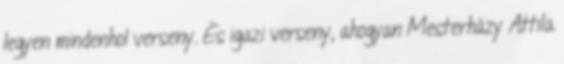
legyen mindenhol verseny. És igazi verseny, ahogyan Mesterházy Attila